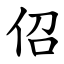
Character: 佋